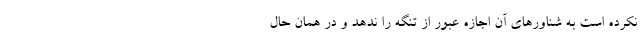
نکرده است به شناورهای آن اجازه عبور از تنگه را ندهد و در همان حال